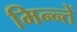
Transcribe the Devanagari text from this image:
मिन्न्तें